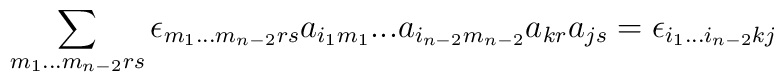
\sum\limits_{m_1 ...  m_{n-2} r s} \epsilon_{m_1 ...	m_{n-2} r s} a_{i_1m_1} ...  a_{i_{n-2}m_{n-2}}a_{kr}a_{js} =	\epsilon_{i_1 ...  i_{n-2} k j}